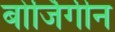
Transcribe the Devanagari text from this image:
बोर्जिगीन